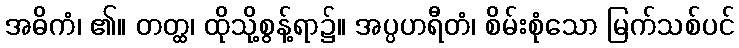
အဓိကံ၊ ၏။ တတ္ထ၊ ထိုသို့စွန့်ရာ၌။ အပ္ပဟရီတံ၊ စိမ်းစုံသော မြက်သစ်ပင်